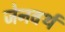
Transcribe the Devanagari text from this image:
जेनवर्थ